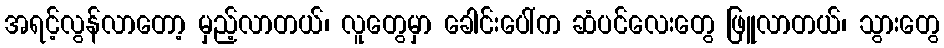
အရင့်လွန်လာတော့ မှည့်လာတယ်၊ လူတွေမှာ ခေါင်းပေါ်က ဆံပင်လေးတွေ ဖြူလာတယ်၊ သွားတွေ